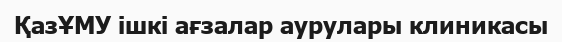
ҚазҰМУ ішкі ағзалар аурулары клиникасы